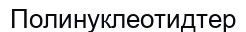
Полинуклеотидтер